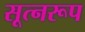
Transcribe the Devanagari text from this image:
सूत्नरूप